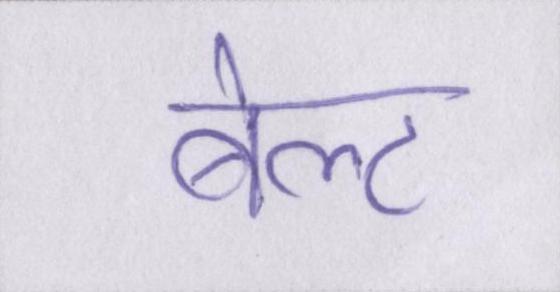
बेल्ट